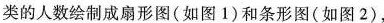
类的人数绘制成扇形图(如图1)和条形图(如图2)，